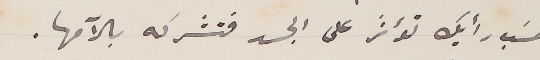
حسَب رأيك تؤثر على الجسد فتشركه بالآمها.